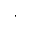
\cdot